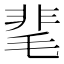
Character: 靟